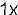
1X